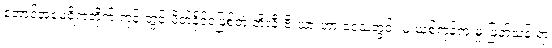
တောင်အမေရိကတိုက် ကုန်းတွင်းပိတ်နိုင်ငံဖြစ်တဲ့ ဘိုလီးဗီးယားဟာ ဒေသတွင်း မူးယစ်ကုန်ကူးမှု ဖြတ်သန်းရာ